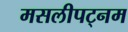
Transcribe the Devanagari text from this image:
मसलीपट्नम